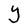
Character: Y